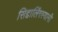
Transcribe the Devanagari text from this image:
सिद्दालिंगस्वामी